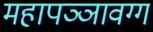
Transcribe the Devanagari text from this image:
महापञ्ञावग्ग